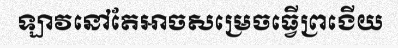
ឡាវនៅតែអាចសម្រេចធ្វើព្រងើយ